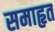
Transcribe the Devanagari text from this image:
समाहृत